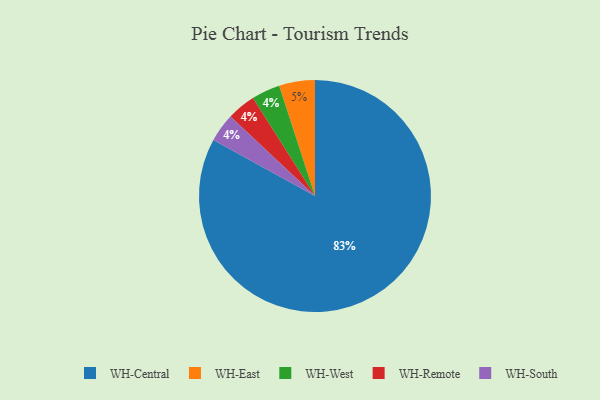
{"axis": {"x": "Category", "y": "Percentage"}, "legend": ["WH-Central", "WH-East", "WH-Remote", "WH-South", "WH-West"], "data": [{"x": "WH-West", "y": 4, "type": "WH-West"}, {"x": "WH-Remote", "y": 4, "type": "WH-Remote"}, {"x": "WH-South", "y": 4, "type": "WH-South"}, {"x": "WH-Central", "y": 83, "type": "WH-Central"}, {"x": "WH-East", "y": 5, "type": "WH-East"}]}